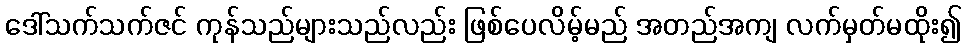
ဒေါ်သက်သက်ဇင် ကုန်သည်များသည်လည်း ဖြစ်ပေလိမ့်မည် အတည်အကျ လက်မှတ်မထိုး၍